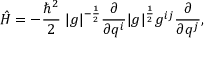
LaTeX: { \hat { H } } = - { \frac { \hbar ^ { 2 } } { 2 } } \; | g | ^ { - { \frac { 1 } { 2 } } } { \frac { \partial } { \partial q ^ { i } } } | g | ^ { \frac { 1 } { 2 } } g ^ { i j } { \frac { \partial } { \partial q ^ { j } } } ,